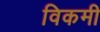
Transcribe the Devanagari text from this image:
विकमी